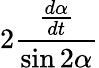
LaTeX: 2\frac{\frac{d\alpha}{dt}}{\sin{2\alpha}}